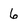
Character: 6